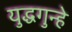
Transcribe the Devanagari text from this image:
युद्धगुन्हे